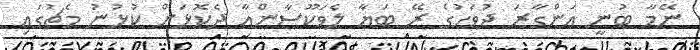
ނޭމާ ބުނީ އަންގާރަ ދުވަހުގެ ރޭ ބަޔާ ލެވަކޫސާންއާ ދެކޮޅަށް ކުޅުނު މެޗުގައި